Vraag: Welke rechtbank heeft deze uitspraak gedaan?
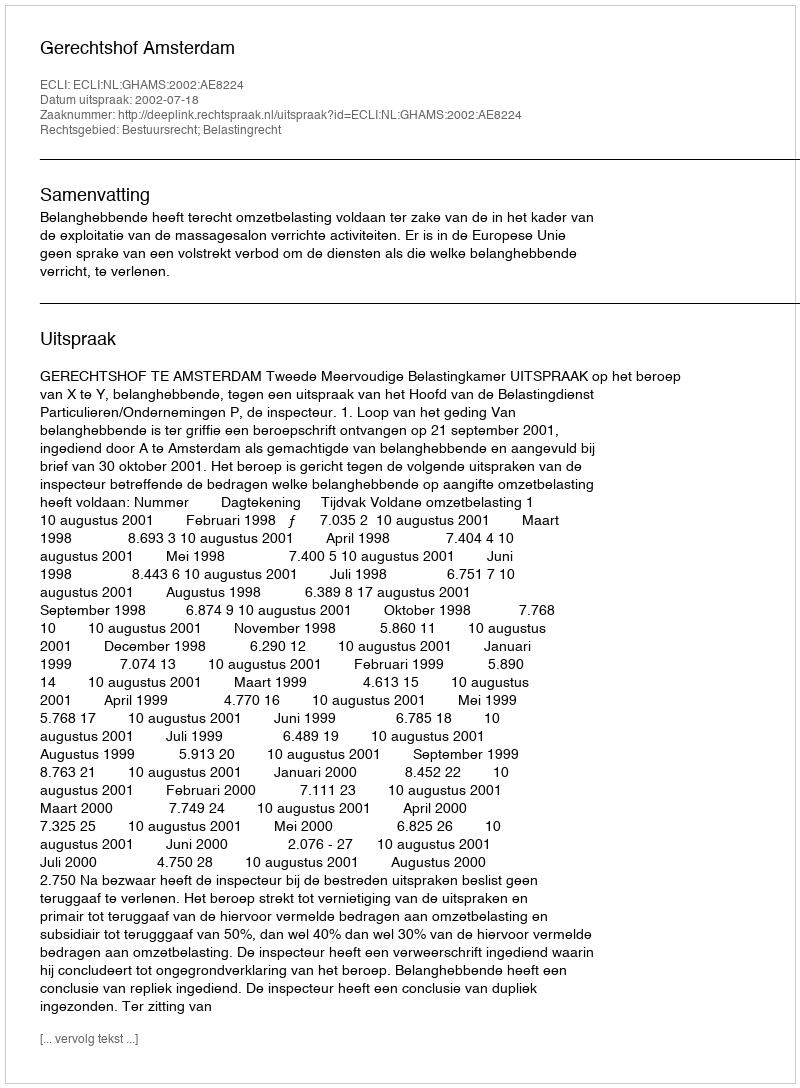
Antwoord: Gerechtshof Amsterdam